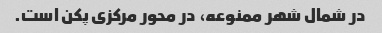
در شمال شهر ممنوعه، در محور مرکزی پکن است.